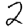
Digit: 2